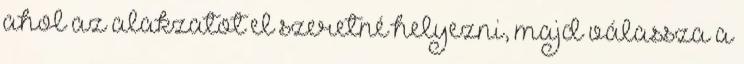
ahol az alakzatot el szeretné helyezni, majd válassza a